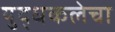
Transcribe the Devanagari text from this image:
युद्धकलेचा